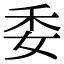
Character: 委